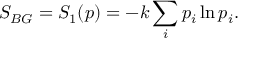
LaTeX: S _ { B G } = S _ { 1 } ( p ) = - k \sum _ { i } p _ { i } \ln p _ { i } .